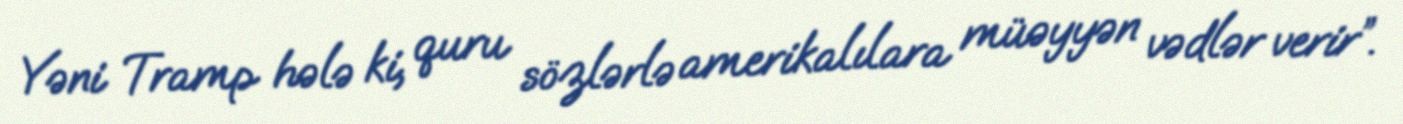
Yəni Tramp hələ ki, quru sözlərlə amerikalılara müəyyən vədlər verir”.